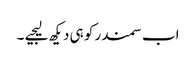
اب سمندر کو ہی دیکھ لیجیے ۔